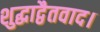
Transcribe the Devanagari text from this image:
शुद्धाद्वैतवाद।